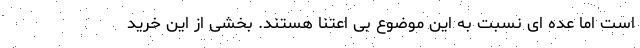
است اما عده ای نسبت به این موضوع بی اعتنا هستند. بخشی از این خرید